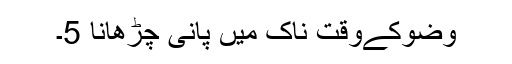
وضوکےوقت ناک میں پانی چڑھانا 5۔